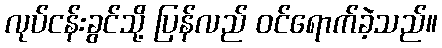
လုပ်ငန်းခွင်သို့ ပြန်လည် ဝင်ရောက်ခဲ့သည်။